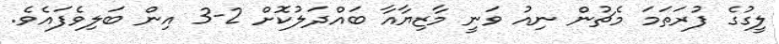
ލީގުގެ ފުރަތަމަ މެޗުން ނިއު ވަނީ މާޒިޔާއާ ބައްދަލުކޮށް 2-3 އިން ބަލިވެފައެވެ.